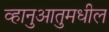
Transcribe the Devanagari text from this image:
व्हानुआतुमधील